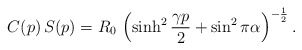
\begin{align*}C(p)\,S(p)=R_0\,\left(\sinh^2\frac{\gamma p}{2}+\sin^2\pi\alpha\right)^{-\frac{1}{2}}.\end{align*}